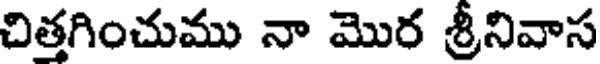
చిత్తగించుము నా మొర శ్రీనివాస